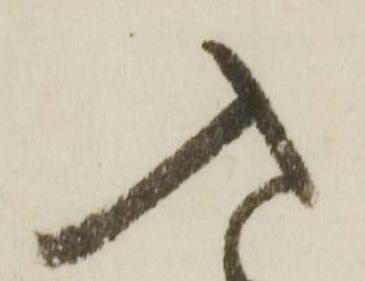
入